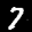
Label: 7